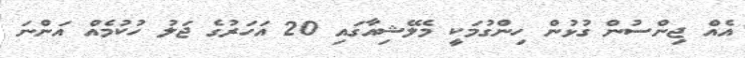
އެއް ޖިންސުން ގުޅުން ހިންގުމަކީ މެލޭޝިއާގައި 20 އަހަރުގެ ޖަލު ހުކުމެއް އަންނަ